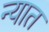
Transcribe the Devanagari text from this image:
न्यात